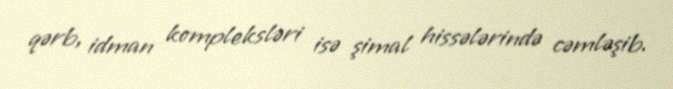
qərb, idman kompleksləri isə şimal hissələrində cəmləşib.